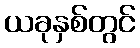
ယခုနှစ်တွင်